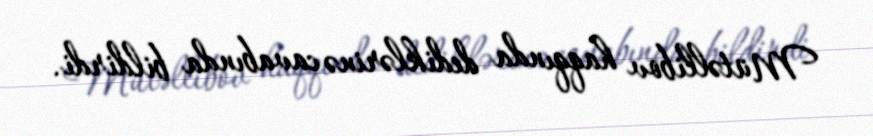
Mütəllibov haqqında dediklərinə cavabında bildirdi.